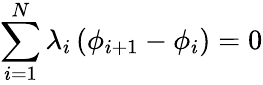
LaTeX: \sum_{i=1}^{N}\lambda_{i}\left(\phi_{i+1}-\phi_{i}\right)=0